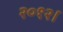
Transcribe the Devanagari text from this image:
२०१२।